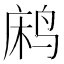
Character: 𬸐